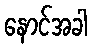
နောင်အခါ